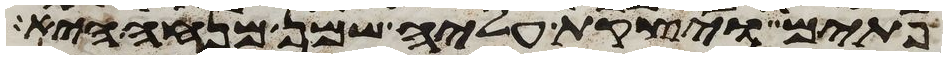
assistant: פתים ויצקת עליה שמן מנחה היא